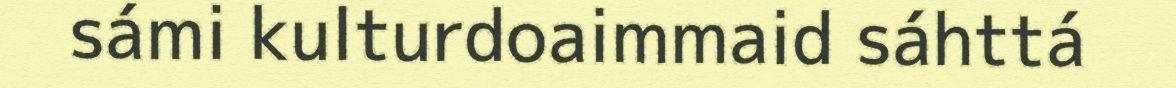
sámi kulturdoaimmaid sáhttá